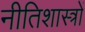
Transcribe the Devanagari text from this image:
नीतिशास्त्रों